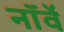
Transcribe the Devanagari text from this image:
नाॅर्वे